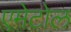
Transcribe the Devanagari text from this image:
एमेटोल